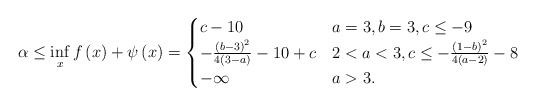
\begin{align*}\alpha\leq \inf_{x}f\left(x\right)+\psi\left(x\right)=\begin{cases}c-10 & a=3,b=3,c\leq-9\\-\frac{\left(b-3\right)^{2}}{4\left(3-a\right)}-10+c & 2<a<3,c\leq-\frac{\left(1-b\right)^{2}}{4\left(a-2\right)}-8 \\-\infty & a>3.\end{cases}\end{align*}